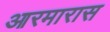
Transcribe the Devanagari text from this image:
आरमारास